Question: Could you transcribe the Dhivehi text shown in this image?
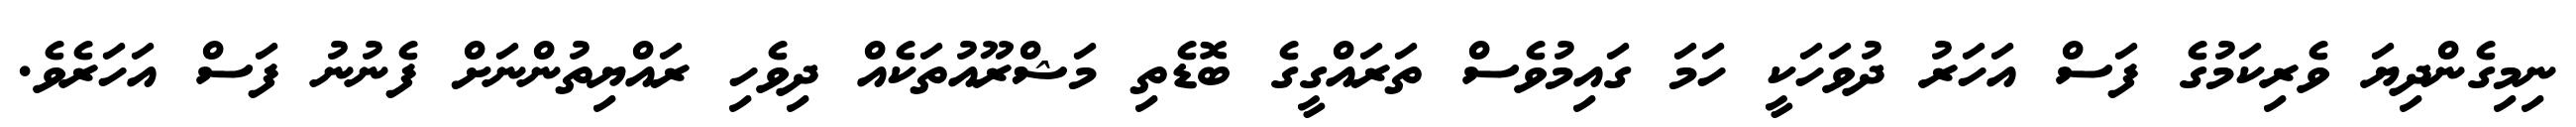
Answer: ނިމިގެންދިޔަ ވެރިކަމުގެ ފަސް އަހަރު ދުވަހަކީ ހަމަ ގައިމުވެސް ތަރައްގީގެ ބޮޑެތި މަޝްރޫއުތަކެއް ދިވެހި ރައްޔިތުންނަށް ފެނުނު ފަސް އަހަރެވެ.